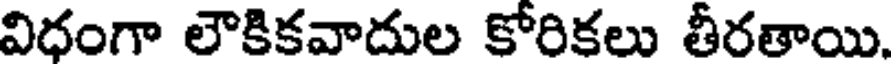
విధంగా లౌకికవాదుల కోరికలు తీరతాయి.